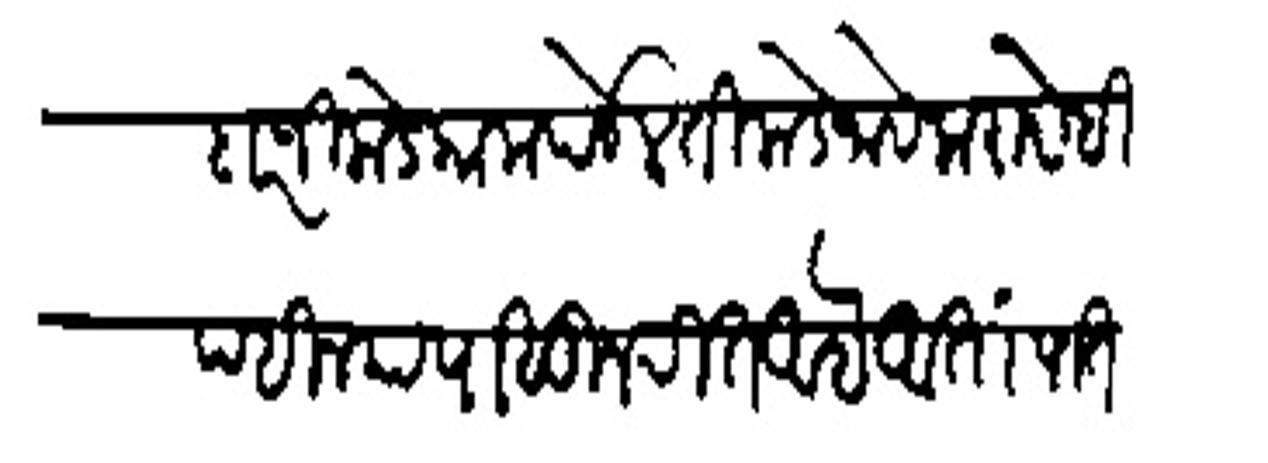
Transliteration (Devanagari): सरदार जिकडे काम पडेल तिकडे जावे कराये ही पहिल्यापासून रीत आहे आता पातशाहाजवल